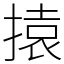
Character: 㨬